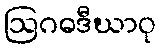
ဩဂဓဒီဃာဝု